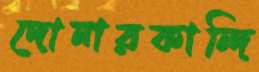
দোনারকান্দি